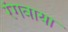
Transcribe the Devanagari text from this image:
रंगवाया